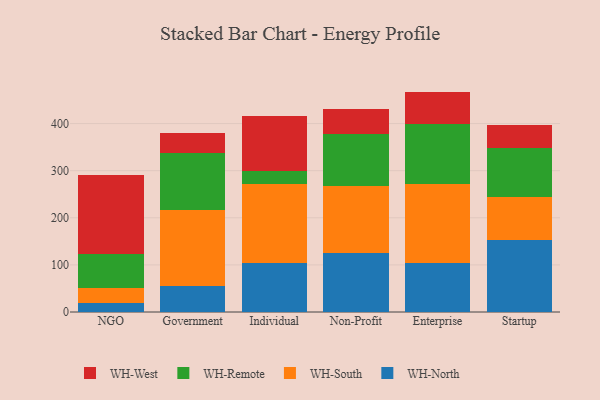
{"axis": {"x": "Segment", "y": "Page Views"}, "legend": ["WH-North", "WH-Remote", "WH-South", "WH-West"], "data": [{"x": "NGO", "y": 18.8, "type": "WH-North"}, {"x": "NGO", "y": 32.5, "type": "WH-South"}, {"x": "NGO", "y": 71.5, "type": "WH-Remote"}, {"x": "NGO", "y": 167.4, "type": "WH-West"}, {"x": "Government", "y": 55.5, "type": "WH-North"}, {"x": "Government", "y": 161.5, "type": "WH-South"}, {"x": "Government", "y": 121.5, "type": "WH-Remote"}, {"x": "Government", "y": 42.2, "type": "WH-West"}, {"x": "Individual", "y": 103.5, "type": "WH-North"}, {"x": "Individual", "y": 169.3, "type": "WH-South"}, {"x": "Individual", "y": 27.0, "type": "WH-Remote"}, {"x": "Individual", "y": 116.3, "type": "WH-West"}, {"x": "Non-Profit", "y": 125.5, "type": "WH-North"}, {"x": "Non-Profit", "y": 142.9, "type": "WH-South"}, {"x": "Non-Profit", "y": 109.9, "type": "WH-Remote"}, {"x": "Non-Profit", "y": 53.4, "type": "WH-West"}, {"x": "Enterprise", "y": 104.2, "type": "WH-North"}, {"x": "Enterprise", "y": 167.7, "type": "WH-South"}, {"x": "Enterprise", "y": 127.4, "type": "WH-Remote"}, {"x": "Enterprise", "y": 68.6, "type": "WH-West"}, {"x": "Startup", "y": 153.0, "type": "WH-North"}, {"x": "Startup", "y": 91.6, "type": "WH-South"}, {"x": "Startup", "y": 103.4, "type": "WH-Remote"}, {"x": "Startup", "y": 48.6, "type": "WH-West"}]}